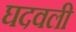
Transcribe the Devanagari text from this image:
घदवली